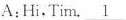
A:Hi,Tim. \underline{1}